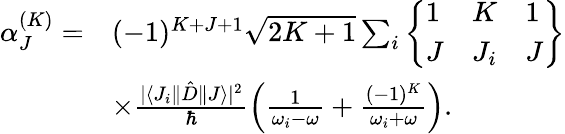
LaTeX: \begin{array}{rl}{\alpha_{J}^{(K)}=}&{(-1)^{K+J+1}\sqrt{2K+1}\sum_{i}\left\{ \begin{array}{lll}{1}&{K}&{1}\\ {J}&{J_{i}}&{J}\end{array}\right\} }\\ &{\times\frac{|\langle J_{i}\| \hat{D}\| J\rangle|^{2}}{\hbar}\left(\frac{1}{\omega_{i}-\omega}+\frac{(-1)^{K}}{\omega_{i}+\omega}\right).}\end{array}